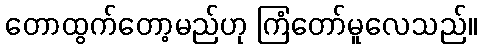
တောထွက်တော့မည်ဟု ကြံတော်မူလေသည်။